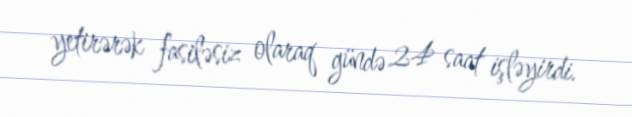
yetirərək fasiləsiz olaraq gündə 24 saat işləyirdi.